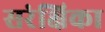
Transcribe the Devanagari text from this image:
सरंक्षिका